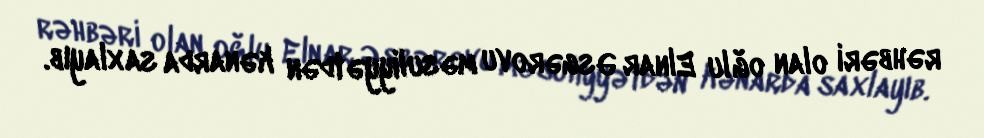
rəhbəri olan oğlu Elnar Əsgərovu məsuliyyətdən kənarda saxlayıb.